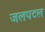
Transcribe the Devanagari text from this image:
जलपटल